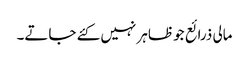
مالی ذرائع جو ظاہر نہیں کئے جاتے۔